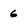
Character: 6